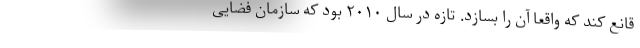
قانع کند که واقعا آن را بسازد. تازه در سال ۲۰۱۰ بود که سازمان فضایی